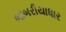
બાબરીયાધાર